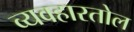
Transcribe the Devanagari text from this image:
व्यवहारतोल